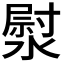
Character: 𭲐